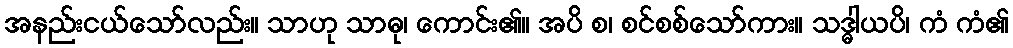
အနည်းငယ်သော်လည်း။ သာဟု သာဓု၊ ကောင်း၏။ အပိ စ၊ စင်စစ်သော်ကား။ သဒ္ဓါယပိ၊ ကံ ကံ၏